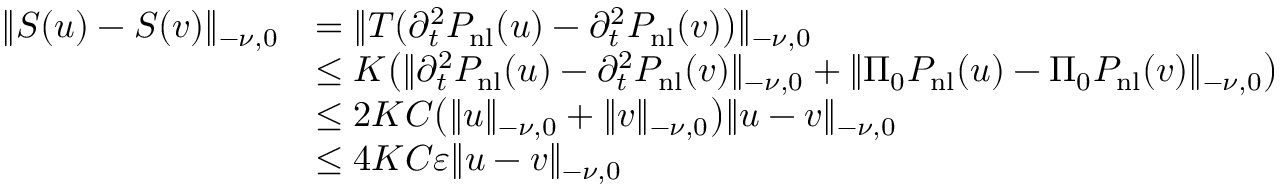
\begin{array} { r l } { \lVert S ( u ) - S ( v ) \rVert _ { - \nu , 0 } } & { = \lVert T ( \partial _ { t } ^ { 2 } P _ { \mathrm { n l } } ( u ) - \partial _ { t } ^ { 2 } P _ { \mathrm { n l } } ( v ) \bigr ) \rVert _ { - \nu , 0 } } \\ & { \le K \bigl ( \lVert \partial _ { t } ^ { 2 } P _ { \mathrm { n l } } ( u ) - \partial _ { t } ^ { 2 } P _ { \mathrm { n l } } ( v ) \rVert _ { - \nu , 0 } + \lVert \Pi _ { 0 } P _ { \mathrm { n l } } ( u ) - \Pi _ { 0 } P _ { \mathrm { n l } } ( v ) \rVert _ { - \nu , 0 } \bigr ) } \\ & { \le 2 K C \bigl ( \lVert u \rVert _ { - \nu , 0 } + \lVert v \rVert _ { - \nu , 0 } \bigr ) \lVert u - v \rVert _ { - \nu , 0 } } \\ & { \le 4 K C \varepsilon \lVert u - v \rVert _ { - \nu , 0 } } \end{array}